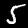
Digit: 5